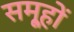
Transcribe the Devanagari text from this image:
समू्हों